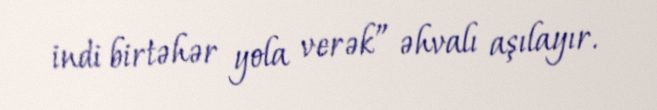
indi birtəhər yola verək” əhvalı aşılayır.